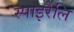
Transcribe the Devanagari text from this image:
स्पाइरैलि